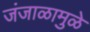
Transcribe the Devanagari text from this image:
जंजाळामुळे